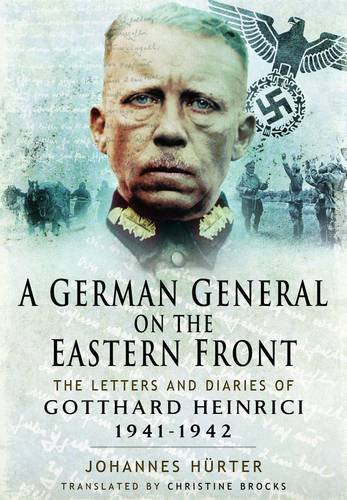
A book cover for A German General on the Eastern Front: The Letters and Diaries of Gotthard Heinrici 1941-1942; Johanne Hurter; Literature & Fiction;